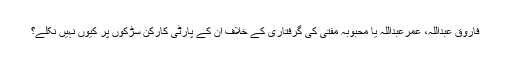
فاروق عبداللہ، عمرعبداللہ یا محبوبہ مفتی کی گرفتاری کے خلاف ان کے پارٹی کارکن سڑکوں پر کیوں نہیں نکلے؟